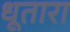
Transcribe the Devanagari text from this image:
धूतारा